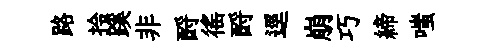
路拎蹊非酹徭酹逕崩巧締嗤